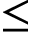
\leq